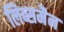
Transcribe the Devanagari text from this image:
लिब्समैन